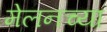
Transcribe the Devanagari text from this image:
मेलनच्या